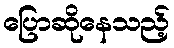
ပြောဆိုနေသည့်